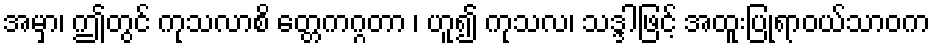
အမှာ၊ ဤတွင် ကုသလာစိ တ္တေကဂ္ဂတာ ၊ ဟူ၍ ကုသလ၊ သဒ္ဒါဖြင့် အထူးပြုရာဝယ်သာဝက